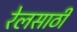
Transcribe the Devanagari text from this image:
रेलसाठी